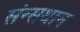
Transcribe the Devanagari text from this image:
संन्सथान